Lunatic asylums Bombay report 1891-1903 - 1891-1903
Year: 1891
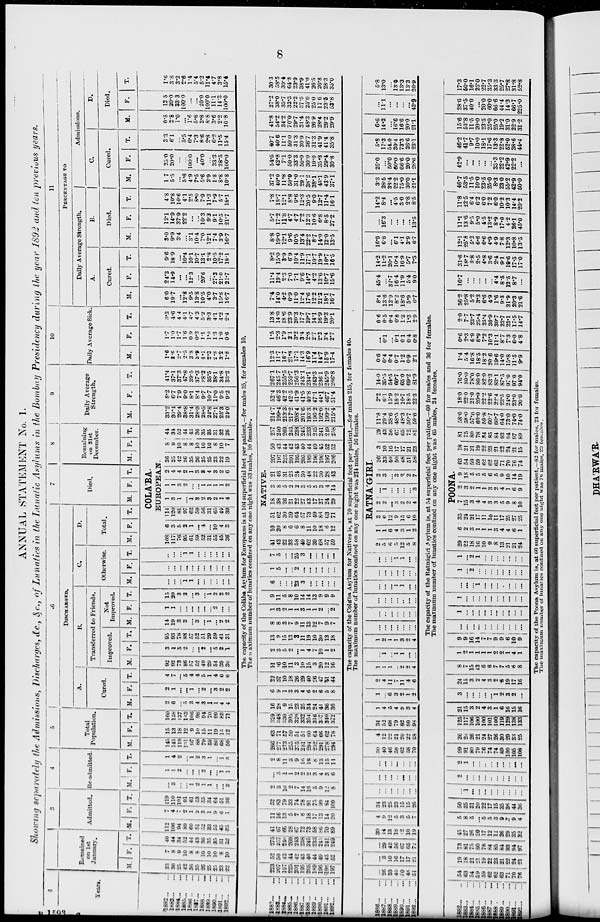
8
ANNUAL STATEMENT No. 1.
Showing separately the Admissions, Discharges, &c., &c., of Lunatics in the Lunatic Asylums in the Bombay Presidency during the year 1892 and ten previous years.
1
Years.
1882 ... ...
1883 ... ...
1884 ... ...
1885 ... ...
1886 ... ...
1887 ... ...
1888 ... ...
1889 ... ...
1890 ... ...
1891 ... ...
1892 ... ...
Remained
on 1st
January.
M.
33
36
25
42
36
35
26
25
25
23
22
F.
7
8
9
10
8
8
10
10
10
8
10
T.
40
44
34
52
44
43
36
35
35
31
32
3
Admitted.
M.
112
106
94
89
60
51
52
33
55
45
35
F.
7
4
7
9
1
2
3
1
9
6
1
T.
119
110
101
91
61
53
55
34
64
51
36
4
Re-admitted
M.
...
3
...
...
1
2
1
1
...
...
2
F.
1
1
2
...
...
...
2
...
...
1
1
T.
1
4
2
...
1
2
3
1
...
1
3
5
Total
Population.
M.
145
145
119
131
97
88
79
59
80
68
59
F.
15
13
18
12
9
10
15
11
19
15
12
T.
160
158
137
143
106
98
94
70
99
83
71
6
DISCHARGED.
A.
Cured.
M.
2
6
...
5
3
4
3
1
1
4
4
F.
2
1
...
...
1
...
2
...
3
2
2
T.
4
7
...
5
4
4
5
1
4
6
6
B.
Transferred to Friends.
Improved.
M.
92
92
73
86
57
52
49
29
54
39
30
F.
3
1
5
2
...
...
2
...
5
2
1
T.
95
93
78
88
57
52
51
29
59
41
31
Not
Improved.
M.
14
19
3
3
...
3
...
1
...
2
2
F.
1
1
...
...
...
...
...
...
2
...
...
T.
15
20
3
3
...
3
...
1
2
2
2
C.
Otherwise.
M.
...
...
...
1
1
...
...
...
...
...
...
F.
...
...
...
...
...
...
...
...
...
...
...
T.
...
...
...
1
1
...
...
...
...
...
...
D.
Total.
M. F. T.
7
Died.
M. F. T.
8
Remaining
on 31st
December.
M. F. T.
COLA'BA.
EUROPEAN.
108
117
76
95
61
59
52
31
55
45
36
6
3
5
2
1
...
4
...
10
4
3
114
120
81
97
62
59
56
31
65
49
39
1
3
1
...
1
3
2
3
2
1
4
1
1
3
2
...
...
1
1
1
1
2
2
4
4
2
1
3
3
4
3
2
6
36
25
42
36
35
26
25
25
23
22
19
8
9
10
8
8
10
10
10
8
10
7
44
34
52
44
43
36
35
35
31
32
26
9
Daily Average
Strength.
M.
33.2
30.4
29.4
38.8
31.4
28.9
28.5
24.8
27.1
25.3
24.0
F.
8.2
6.7
7.9
9.0
8.1
8.4
9.7
10.7
11.0
9.5
9.2
T.
41.4
37.1
37.3
47.8
39.5
37.3
38.2
35.5
38.1
34.8
33.2
10
Daily Average Sick.
M.
1.6
3.6
2.7
2.5
3.8
3.9
4.1
2.3
2.8
3.2
1.8
F.
1.7
1.0
1.7
1.6
0.9
0.3
1.1
1.0
1.3
1.0
0.6
T.
3.3
4.6
4.4
4.1
4.7
4.3
5.2
3.3
4.1
4.2
2.4
11
PERCENTAGE TO
Daily Average Strength.
A.
Cured.
M.
6.0
19.7
...
12.8
9.5
13.8
10.5
4.0
3.7
15.8
16.7
F.
24.3
14.9
...
...
12.3
...
20.6
...
27.3
21.0
21.7
T.
9.6
18.9
...
10.4
10.1
10.7
13.1
2.8
10.5
17.2
18.1
B.
Died.
M.
3.0
9.9
3.4
...
3.1
10.4
7.0
12.1
7.4
3.9
16.7
F.
12.1
14.9
37.9
22.2
...
...
10.3
9.3
9.1
10.5
21.7
T.
4.8
10.8
10.6
4.1
2.5
8.0
7.9
11.3
7.9
5.7
18.1
Admissions.
C.
Cured.
M.
1.7
5.5
...
5.6
4.9
7.5
5.6
2.9
1.8
8.8
10.8
F.
25.0
20.0
...
...
100.0
...
40.0
...
33.3
28.5
100.0
T.
3.3
6.1
...
5.5
6.4
7.3
8.6
2.8
6.2
11.5
15.4
D.
Died.
M.
0.8
2.8
1.0
...
1.6
5.6
3.8
8.8
3.6
2.2
10.8
F.
12.5
20.0
33.3
100.0
...
...
20.0
100.0
11.1
14.3
100.0
T.
1.6
3.8
3.2
2.6
1.4
5.4
5.2
11.4
4.7
3.8
15.4
The capacity of the Colába Asylum for Europeans is at 104 superficial feet per patient,—for males 35, for females 10,
The maximum number of lunatics confined on any one night was 33 males, 10 females.
1882 ... ...
1883 ... ...
1884 ... ...
1885 ... ...
1886 ... ...
1887 ... ...
1888 ... ...
1889 ... ...
1890 ... ...
1891 ... ...
1892 ... ...
223
207
197
225
201
195
205
189
196
196
197
52
50
43
44
42
43
40
44
49
45
52
275
257
240
269
243
238
245
233
245
241
249
41
67
68
28
67
72
73
58
86
70
89
11
16
13
5
7
6
18
17
13
14
20
52
83
79
33
74
78
91
75
99
84
109
2
3
10
2
7
14
16
5
9
12
8
...
5
1
1
2
2
2
3
4
3
6
2
8
11
3
9
16
18
8
13
15
14
266
277
273
255
275
281
294
252
291
278
294
63
71
57
50
51
51
60
64
66
62
78
329
348
330
305
326
332
354
316
357
340
372
16
28
9
15
23
25
34
24
41
36
36
6
9
1
3
3
4
6
2
6
5
8
22
37
10
18
26
29
40
26
47
41
44
11
6
10
11
3
10
15
3
20
12
16
2
3
5
2
...
1
4
7
10
1
2
13
9
15
13
3
11
19
10
30
13
18
8
8
3
7
9
11
13
12
7
9
7
1
3
2
1
1
3
1
1
2
...
2
9
11
5
8
10
14
14
13
9
9
9
6
...
...
...
23
3
...
...
...
...
...
1
5
...
...
2
...
...
...
...
...
...
7
5
...
...
25
3
...
...
...
...
...
NATIVE.
41
42
22
33
58
49
62
39
68
57
59
10
20
8
6
6
8
11
10
18
6
12
51
62
30
39
64
57
73
49
86
63
71
18
38
26
21
22
27
43
17
27
24
29
3
8
5
2
2
3
5
5
3
4
14
21
46
31
23
24
30
48
22
30
28
43
207
197
225
201
195
205
189
196
196
197
206
50
43
44
42
43
40
44
49
45
52
52
257
240
269
243
238
245
233
245
241
249
258
214.7
199.4
213.3
217.2
208.4
201.6
193.3
196.2
192.0
199.2
215.4
52.4
46.3
42.2
42.5
41.9
41.5
40.8
47.1
44.1
46.7
51.4
267.1
245.7
255.5
259.7
250.3
243.1
234.1
243.3
236.1
245.9
266.8
12.3
11.7
16.7
21.8
17.1
14.3
16.9
11.4
14.7
16.9
17.4
1.5
2.3
1.9
2.1
3.2
3.4
2.8
2.7
2.2
3.4
2.7
13.8
14.0
18.6
23.9
20.3
17.7
19.7
14.1
16.9
19.3
20.1
7.4
14.0
4.2
6.9
11.0
12.4
17.6
12.2
21.3
18.1
16.7
11.4
19.4
2.3
7.0
7.1
9.6
14.7
4.2
13.6
10.7
15.6
8.2
15.0
3.9
6.9
10.4
11.9
17.1
10.7
19.9
16.7
16.5
8.8
19.0
12.1
9.6
10.5
13.4
22.2
8.7
14.0
12.0
13.5
5.7
17.2
11.8
4.7
4.7
7.2
12.3
10.6
6.8
8.5
27.2
7.8
18.7
12.1
8.8
9.6
12.3
20.5
9.0
12.7
11.4
16.1
37.2
40.0
11.8
50.0
31.0
29.1
38.2
38.1
43.1
43.9
37.1
54.5
42.8
7.1
50.0
33.3
50.0
30.0
10.0
35.3
29.4
30.8
40.7
40.6
11.1
50.0
31.3
30.9
36.7
31.3
41.9
41.4
35.8
41.8
54.2
34.2
70.0
29.7
31.4
48.3
26.9
28.4
29.2
29.9
27.2
38.0
35.7
33.3
22.2
37.5
25.0
25.0
17.6
23.5
53.8
30.3
58.5
30.4
64.8
23.9
38.9
41.0
26.5
26.8
28.3
35.0
The capacity of the Colába Asylum for Natives is, at 70 superficial feet per patient,—for males 215, for females 40.
The maximum number of lunatics confined on any one night was 234 males, 56 females.
1886 ... ...
1887 ... ...
1888 ... ...
1889 ... ...
1890 ... ...
1891 ... ...
1892 ... ...
...
26
33
40
50
48
51
...
3
10
16
17
17
21
...
29
43
56
67
65
72
30
14
13
18
12
10
19
4
9
12
5
3
5
7
34
23
25
23
15
15
26
...
...
...
...
...
...
...
...
...
...
...
...
...
...
...
...
...
...
...
...
...
30
40
46
58
62
58
70
4
12
22
21
20
22
28
34
52
68
79
82
80
98
1
4
5
4
9
3
4
1
...
6
3
2
1
2
2
4
11
7
11
4
6
1
1
1
...
2
2
4
...
1
...
1
1
...
...
1
2
1
1
3
2
4
...
...
...
...
...
...
...
...
...
...
...
...
...
...
...
...
...
...
...
...
...
...
...
...
1
1
...
...
...
...
...
...
...
...
..
...
...
...
1
1
...
...
RATNA'GIRI.
2
5
6
5
12
5
8
1
1
6
4
3
1
2
3
6
12
9
15
6
10
2
2
...
3
2
2
4
...
1
...
...
...
...
3
2
3
...
3
2
2
7
26
33
40
50
48
51
58
3
10
16
17
17
21
23
29
43
56
67
65
72
81
11.8
29.4
38.6
48.5
48.3
50.7
59.6
2.2
6.1
15.9
18.2
16.7
18.5
22.3
14.0
35.5
54.5
66.7
65.0
69.2
81.9
0.6
0.4
0.4
0.7
1.2
0.9
2.1
...
0.1
...
0.1
0.1
0.4
0.8
0.6
0.5
0.4
0.8
1.3
1.3
2.9
8.4
13.6
12.9
8.2
18.6
5.9
6.7
45.4
...
37.7
16.4
11.9
5.4
9.0
14.2
11.2
20.1
10.4
16.9
5.7
7.3
16.9
6.8
...
6.1
4.1
3.9
6.7
...
16.3
...
...
...
...
13.5
14.2
8.4
...
4.5
3.0
2.8
8.5
3.3
28.5
38.4
22.2
75.0
30.0
21.1
25.0
...
50.0
60.0
66.6
20.0
28.6
5.8
17.3
54.0
30.4
73.3
26.6
23.1
6.6
14.2
...
16.6
16.6
20.0
21.1
...
11.1
...
...
...
...
42.9
5.8
13.0
...
13.0
13.3
13.3
26.9
The capacity of the Ratnágiri Asylum is, at 54 superficial feet per patient,—60 for males and 36 for females.
The maximum number of lunatics confined on any one night was 65 males, 24 females.
1882 ... ...
1883 ... ...
1884 ... ...
1885 ... ...
1886 ... ...
1887 ... ...
1888 ... ...
1889 ... ...
1890 ... ...
1891 ... ...
1892 ... ...
154
63
54
59
59
62
62
63
71
70
76
19
18
21
21
19
22
23
21
22
24
21
73
81
...
80
78
84
85
84
93
94
97
45
27
26
20
17
12
12
26
29
35
32
5
8
5
...
5
5
3
9
7
9
4
50
35
31
20
22
17
15
35
36
44
36
...
1
...
...
...
...
...
...
...
...
...
2
...
...
...
...
...
...
...
...
...
...
2
1
...
...
...
...
...
...
...
...
...
99
91
80
79
76
74
74
89
100
105
108
26
26
26
21
24
27
26
30
29
33
25
125
117
106
100
100
101
100
119
129
138
133
21
15
3
2
4
3
1
6
16
15
16
3
...
...
...
...
...
1
2
3
2
...
24
15
3
2
4
3
2
8
19
17
16
8
7
15
13
6
6
7
7
5
6
8
1
2
1
1
1
1
2
2
1
4
1
9
9
16
14
7
7
9
9
6
10
9
...
...
...
...
...
...
...
...
...
...
...
1
...
...
...
...
...
...
...
...
...
...
1
...
...
...
...
...
...
...
...
...
...
...
...
...
1
...
...
...
...
...
...
...
1
...
2
...
...
...
...
...
...
...
...
1
...
2
1
...
...
...
...
...
...
...
POONA.
29
22
18
16
10
9
8
13
21
21
24
6
2
3
1
1
1
3
4
4
6
1
35
24
21
17
11
10
11
17
25
27
25
7
15
3
4
4
3
3
5
9
8
10
2
3
2
1
1
3
2
4
1
6
9
9
18
5
5
5
6
5
9
10
14
19
63
54
59
59
62
62
63
71
70
76
74
18
21
21
19
22
23
21
22
24
21
15
81
75
80
78
84
85
84
93
94
97
89
58.0
58.0
57.0
60.0
59.8
60.7
60.7
64.0
73.0
74.0
74.0
18.0
23.0
21.0
20.0
22.2
22.6
22.4
23.5
24.0
23.0
20.0
76.0
80.0
78.0
80.0
82.0
83.3
83.1
87.5
97.0
97.0
94.0
1.4
5.4
16.8
18.5
18.2
20.6
19.6
14.0
15.8
11.5
9.9
0.6
2.3
6.9
6.9
7.2
10.3
11.1
8.7
7.3
6.0
4.8
2.0
7.7
23.7
25.4
25.4
30.9
30.7
22.7
23.1
17.5
14.7
36.2
25.8
5.2
3.3
6.6
4.9
1.6
9.3
21.9
20.3
21.6
16.7
...
...
...
...
...
4.4
8.5
12.5
8.7
...
31.6
18.7
3.8
2.5
4.8
3.6
2.4
9.1
19.6
17.5
17.0
12.1
25.8
5.2
6.6
6.6
4.9
4.9
7.8
12.3
10.8
13.5
11.1
13.6
9.5
5.0
4.5
13.2
8.9
17.0
4.2
26.1
45.0
11.8
22.5
6.4
6.2
6.0
7.2
6.0
10.2
10.3
14.4
20.2
46.7
53.5
11.5
10.0
23.5
25.0
8.3
23.0
55.2
42.9
50.0
42.9
...
...
...
...
...
33.3
22.2
42.9
22.2
...
46.2
41.7
9.7
10.0
18.1
17.6
13.3
22.8
52.0
38.6
44.4
15.6
53.8
11.5
20.0
23.5
25.0
25.0
19.2
31.0
22.9
31.2
28.6
37.5
40.0
...
20.0
60.0
66.6
44.4
14.3
66.7
225.0
17.3
50.0
16.1
25.0
22.7
35.3
33.3
25.7
27.8
31.8
52.8
The capacity of the Poona Asylum is, at 60 superficial feet per patient.—82 for males, 24 for females.
The maximum number of lunatics confined on any one night was 76 males, 23 females.